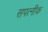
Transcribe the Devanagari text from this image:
सपत्‍नीक